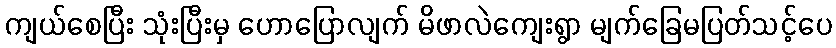
ကျယ်စေပြီး သုံးပြီးမှ ဟောပြောလျက် မိဖာလဲကျေးရွာ မျက်ခြေမပြတ်သင့်ပေ